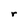
Character: r